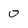
Character: 0